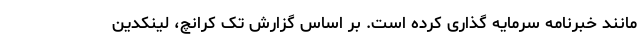
مانند خبرنامه سرمایه گذاری کرده است. بر اساس گزارش تک کرانچ، لینکدین